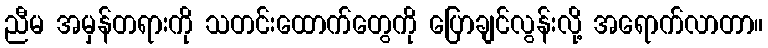
ညီမ အမှန်တရားကို သတင်းထောက်တွေကို ပြောချင်လွန်းလို့ အရောက်လာတာ။